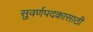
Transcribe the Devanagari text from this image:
सुवर्णपदकासाठी